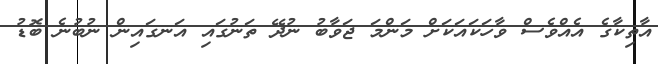
އާތިކާގެ އެއްވެސް ވާހަކަައަކަށް މަންމަ ޖަވާބު ނުދޭ ތަނުގައި އަނގައިން ނުބުނެ ބޮޑު